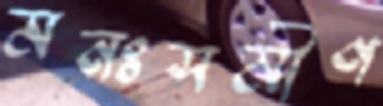
মনঃসমীণ